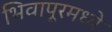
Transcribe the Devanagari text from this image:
भिवापूरमध्ये